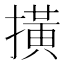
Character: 撗